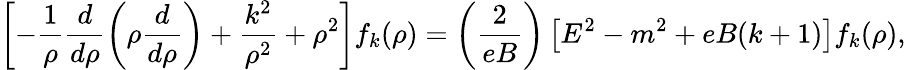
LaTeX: \left[-\frac{1}{\rho}\frac{d}{d\rho}\left(\rho\frac{d}{d\rho}\right)+\frac{k^{2}}{\rho^{2}}+\rho^{2}\right]f_{k}(\rho)=\left(\frac{2}{eB}\right)\left[E^{2}-m^{2}+eB(k+1)\right]f_{k}(\rho),